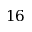
1 6